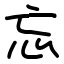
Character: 忘